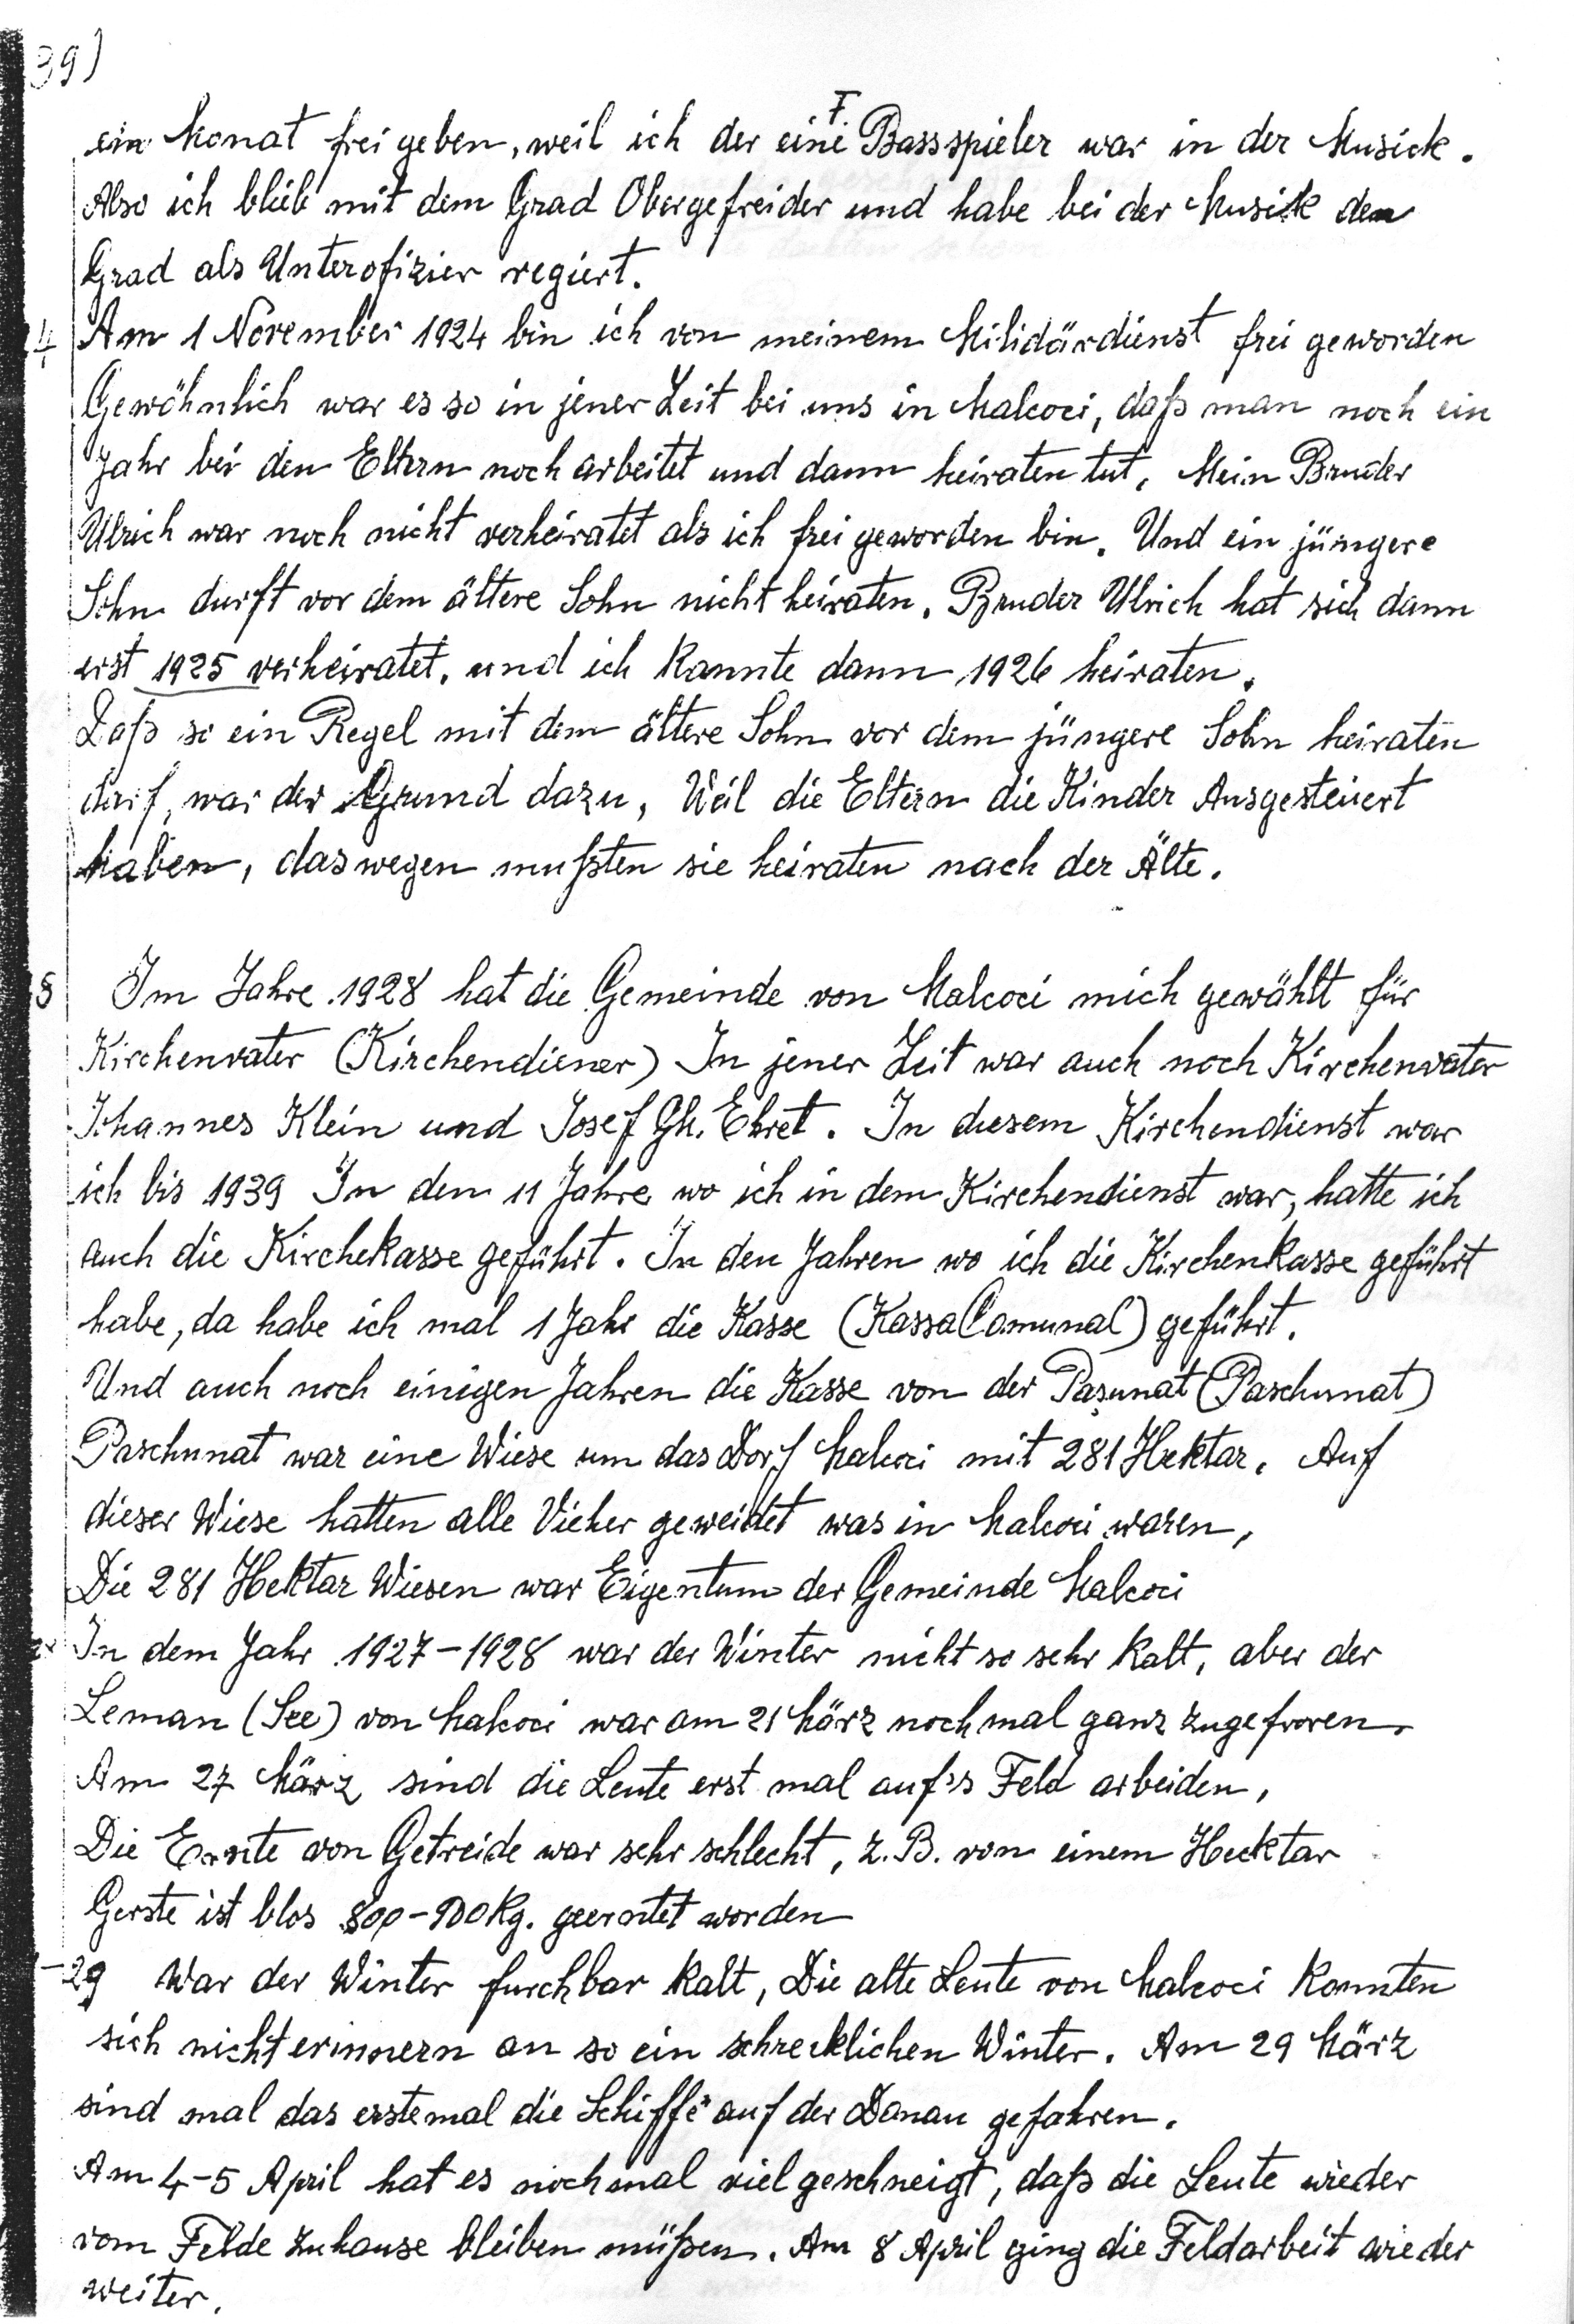
38)
ein Monat frei neben, weil ich der eine Bassspieler war in der Musick
Also ich blieb mit dem Grad Obergefreider und habe bei der Musick dem
Grad als Unterofizier regiert.
4Am 1 Norember 1924 bin ich von meinem Milidärdienst frei geworden
Gewähnlich war es so in jener Zeit bei uns in Malcoci, daß man noch ein
Jahr bei den Eltern noch arbeitet und dann heiraten tut. Mein Bruder
Ulrich war noch nicht verheiratet als ich frei geworden bin. Und ein jüngere
Sohn durft vor dem ättere Sohn nicht heiraten, Bruder Ulrich hat sich dann
erst 1925 verheiratet, und ich kannte dann 1926 heiraten.
Daß si ein Regel mit dem ältere Sohn vor dem jüngere Sohn heiraten
dirf war der Grund dazu. Wal die Eltern die Kinder Ausgesteiiert
haben, das wegen mußten sie heiraten nach der Alte.
5 Im Jahre 1928 hat die Gemeinde von Malcoci mich gewählt für
Kischenvater Kirchendiener) In jener Zeit war auch noch Kirchenvater
Johannes Klein und Josef Gh. Ehret. In diesem Kirchendienst war
ich bis 1939 In den 11 Jahre wo ich in dem Kirchendienst war, hatte ich
auch die Kirchekasse geführt. In den Jahren wo ich die Kirchenkasse geführt
habe, da habe ich mal 1 Jahr die Hasse (Kassalomunal) geführt.
Und auch noch einigen Jahren die Kasse von der Pasunat (Paschunat)
Paschnnat war eine Wiese um das Dorf Malcoci mit 281 Hbektar. Auf
dieser Wiese hatten alle Vieher geweittet was in Malcoci waren,
Die 281 Hbektar Wiesen war Eigentum der Gemeinde Malcoci
. In dem Jahr 1927-1928 war der Winter nicht so sehr kalt, aber der
Leman (See) von Malcoci war am 21 März noch mal ganz zugefroren
Am 27 März sind die Leute erst mal aufes Feld arbeiden,
Die Ersnite von Getreide war sehr schlecht, z.B. von einem Hecktar
Gerste ist blos 8o9-90kg. geerontet worden
-29 War der Winter furchbar kalt, Die alte Leute von Malcoci konnten
sich nicht erinern an so ein schrecklichen Winter. Am 29 März
sind mal das erstemal die Schiffe auf der Danau gefahren.
Am 4-5 April hat es nochmal viel geschneigt, daß die Leute wieder
vom Felde zuhause bleiben müßen. Am 8 Arril ging die Feldarbeit wie der
weiter.